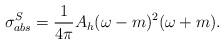
LaTeX: \begin{align*}\sigma^{S}_{abs} = \frac{1}{4\pi} A_{h} (\omega - m)^2 (\omega + m).\end{align*}